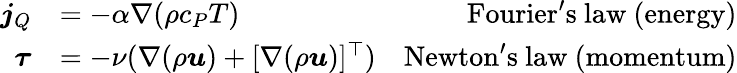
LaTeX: \begin{array}{rlr}{\boldsymbol{j}_{Q}}&{=-\alpha\nabla(\rho c_{P}T)}&{\mathrm{Fourier's~law~(energy)}}\\ {\boldsymbol{\tau}}&{=-\nu(\nabla(\rho\boldsymbol{u})+[\nabla(\rho\boldsymbol{u})]^{\top})}&{\mathrm{Newton's~law~(momentum)}}\end{array}